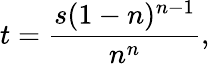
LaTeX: t={\frac{s(1-n)^{n-1}}{n^{n}}},